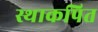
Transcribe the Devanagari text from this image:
स्थाकपित